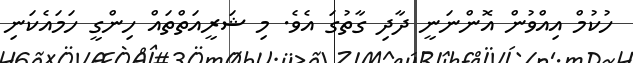
ހުކުމް އިއްވުން އޮންނަނީ ދާދި ގާތުގަ އެވެ. މި ޝަރީއަތްތައް ހިންގީ ހަމައެކަނި